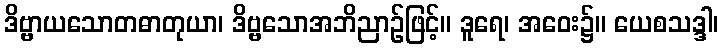
ဒိဗ္ဗာယသောတဓာတုယာ၊ ဒိဗ္ဗသောအဘိညာဉ်ဖြင့်။ ဒူရေ၊ အဝေး၌။ ယေစသဒ္ဒါ၊